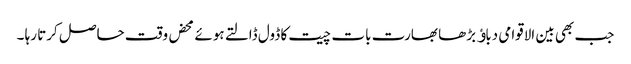
جب بھی بین الاقوامی دباﺅ بڑھا بھارت بات چیت کا ڈول ڈالتے ہوئے محض وقت حاصل کرتا رہا ۔